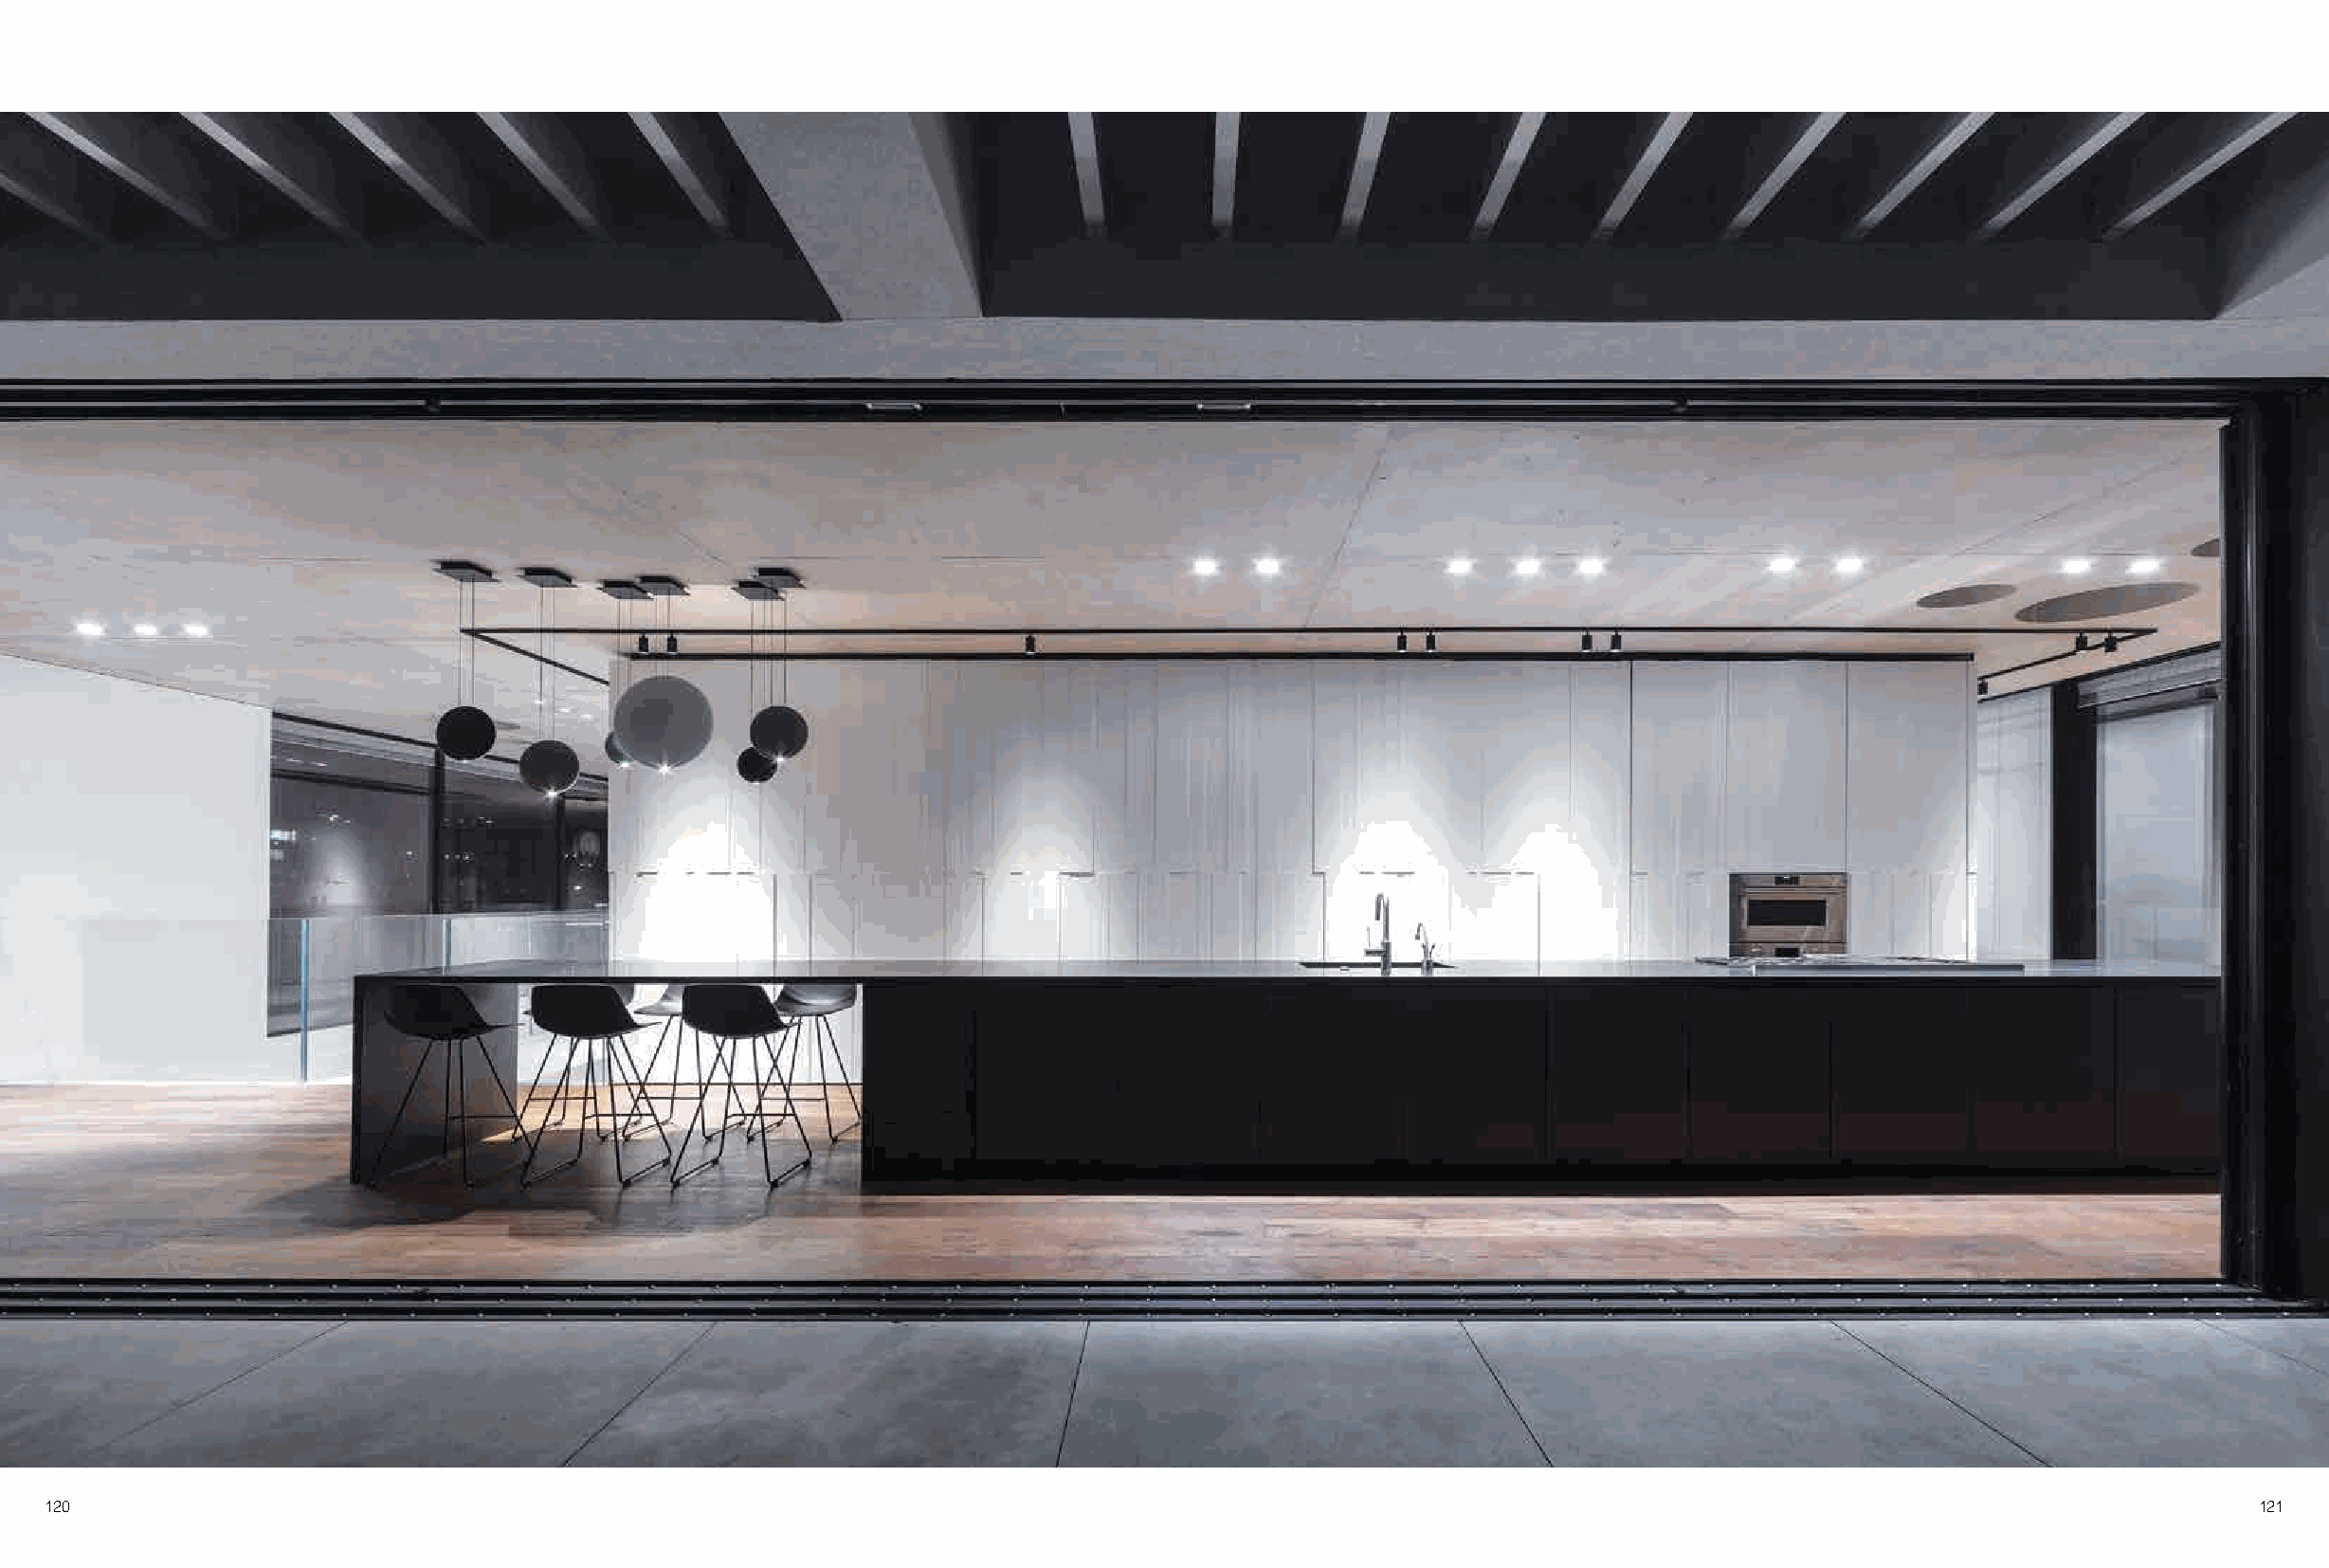
120                                                                                                                                                        121